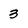
Character: 3